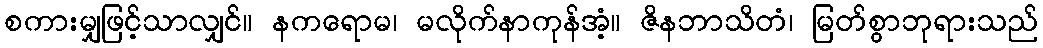
စကားမျှဖြင့်သာလျှင်။ နကရောမ၊ မလိုက်နာကုန်အံ့။ ဇိနဘာသိတံ၊ မြတ်စွာဘုရားသည်